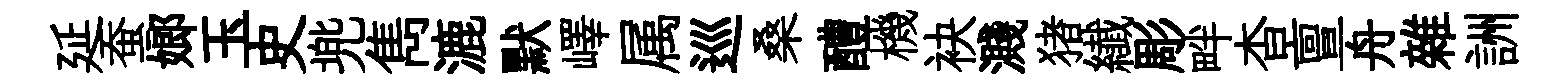
延蚕嫏玉史兠雋漉默嶧属巡桑醴機袂濺猪纎彫畔杳亶舟雜詶